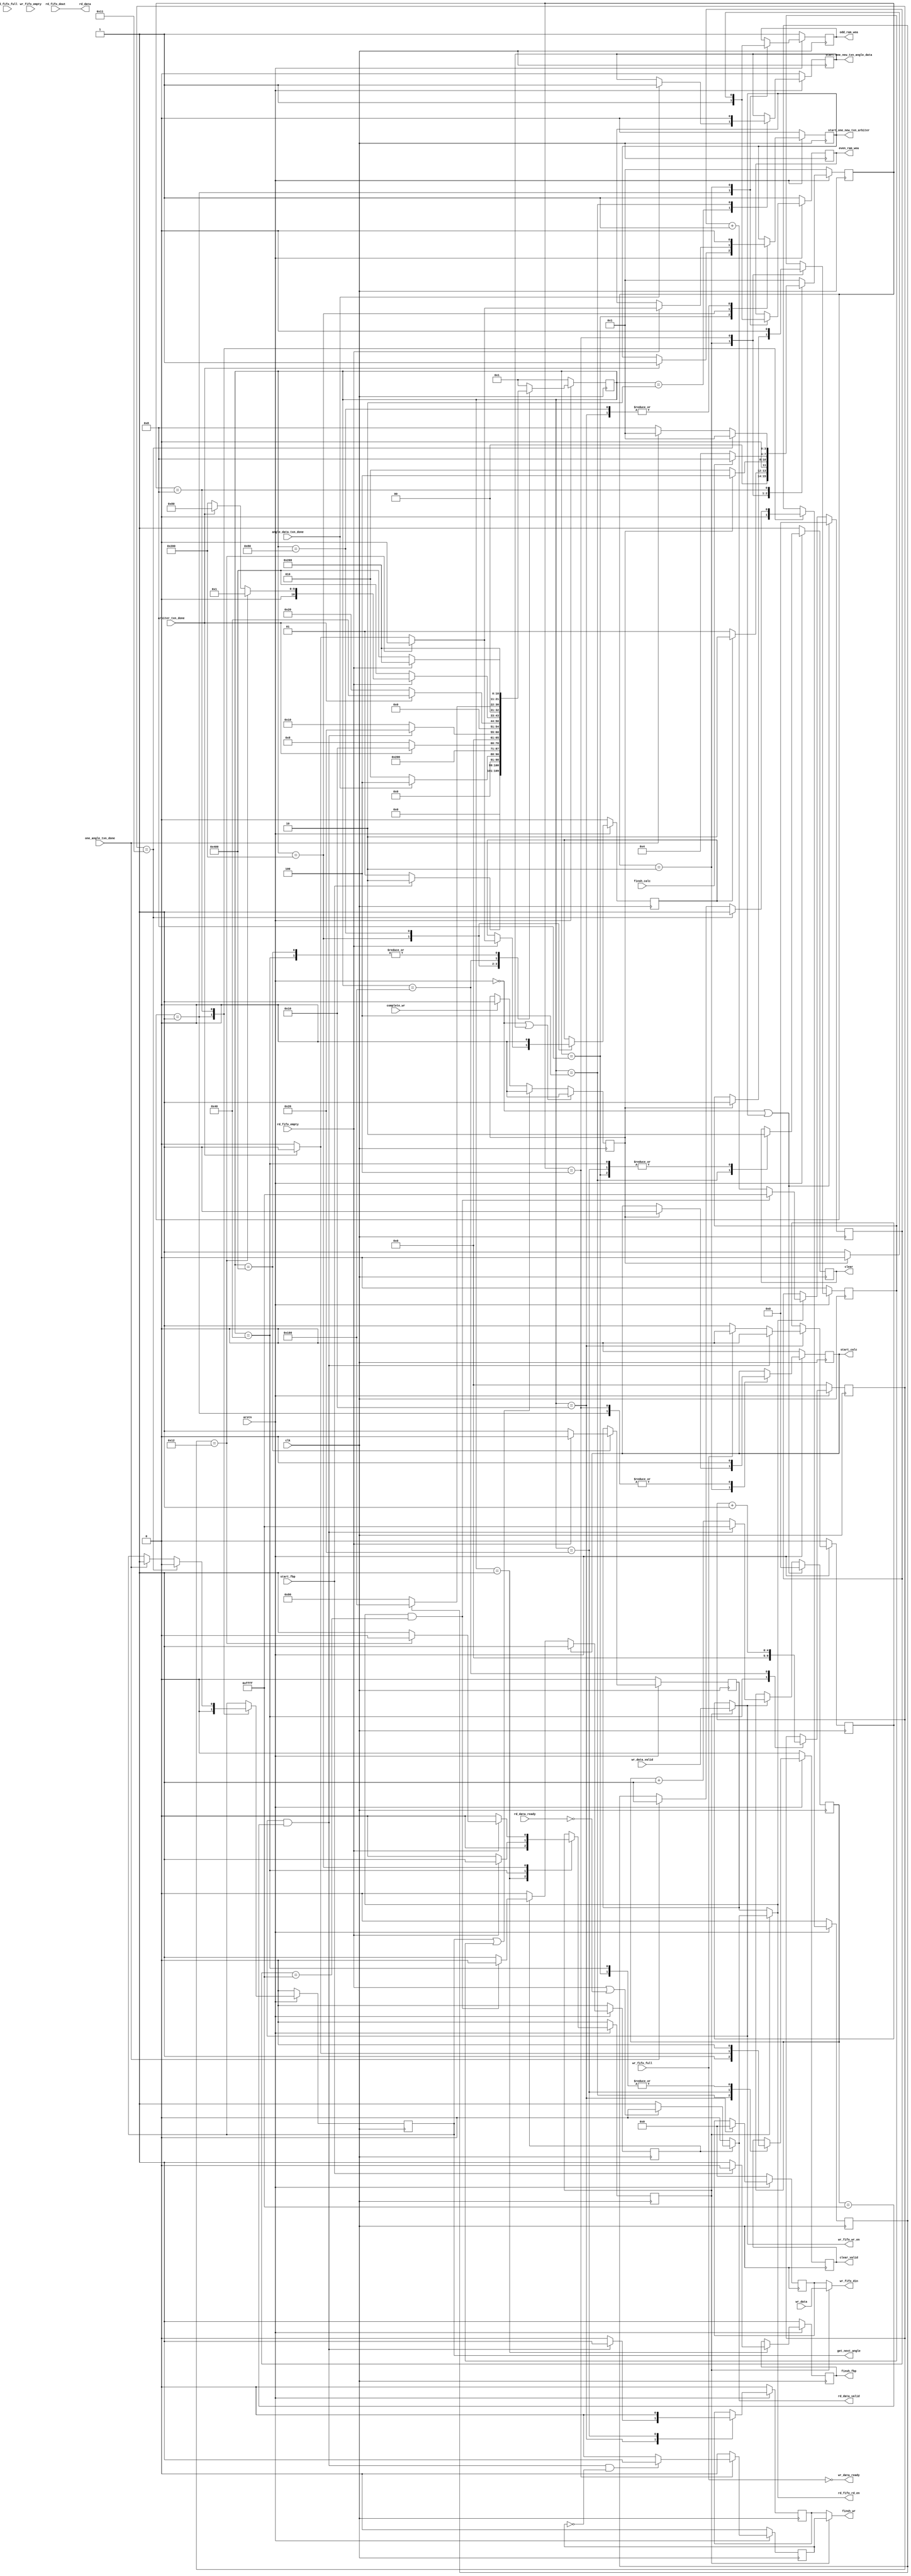
 //
module control_unit #(
	parameter integer ANGLE_NUM_DIV_10 = 180/10,
	parameter integer IMG_N = 256
)
(
	input clk,    // Clock
	input arstn,  // Asynchronous reset active low
	//
	input wire start_fbp,
	output reg finsh_fbp,
	//////////////////////////
	//
	//txn_done 1  start_one_new_txn ,
	//one_angle_txn_done 1 one_angle_txn_done == 1  
	//get_next_angle  
	output reg			start_one_new_txn_angle_data,
	output reg			get_next_angle,
	input wire			one_angle_txn_done,
	input wire			angle_data_txn_done,

	//////////////////////////
	//txn_done 1  start_one_new_txn ,
	output reg	start_one_new_txn_arbiter, // 
	output reg	clear,                     // clear1clear0
	output reg	clear_valid,               // clearstart_one_new_txn
	output wire finsh_wr,
	input wire	arbiter_txn_done,		   // 

	///////////////RAM//////////////
    //,
    input wire          complete_wr, 
    //
    output reg			odd_ram_wea,
    output reg			even_ram_wea,

    /////////////////////
    output reg start_calc,
    input wire finsh_calc,
    output wire [31:0] rd_data,
    output wire rd_data_valid,
    input wire rd_data_ready,
    input wire [31:0] wr_data,
    input wire wr_data_valid,
    output wire wr_data_ready,

    /////////////FIFO////////////////
	//read FIFO control   64*512 32*1024 
	input wire			rd_fifo_full,
	input wire			rd_fifo_empty,
	output wire			rd_fifo_rd_en,
	input wire	[31:0]	rd_fifo_dout,
	//write FIFO control 32*1024  64*512
	input wire			wr_fifo_full,
	input wire			wr_fifo_empty,
	output wire			wr_fifo_wr_en,
	output wire	[31:0]	wr_fifo_din
);
	//
	reg finsh_rd;

	function integer clogb2 (input integer bit_depth);              
	begin                                                           
	  for(clogb2=0; bit_depth>0; clogb2=clogb2+1)                   
	    bit_depth = bit_depth >> 1;                                 
	  end                                                           
	endfunction

	parameter integer TOTAL_NUM = IMG_N*IMG_N; 		 //258*258; //	
	parameter integer LOOP0_N_W = clogb2(ANGLE_NUM_DIV_10-1);
	parameter integer TOTAL_NUM_W = clogb2(TOTAL_NUM-1);

	reg [LOOP0_N_W-1:0] loop0_cnt;

	reg [TOTAL_NUM_W-1:0] wr_fifo_cnt;
	wire add_wr_fifo_cnt;
	wire end_wr_fifo_cnt;

	always @(posedge clk)begin
	    if(arstn == 0 || start_one_new_txn_arbiter == 1'b1)begin
	        wr_fifo_cnt <= 0;
	    end
	    else if(add_wr_fifo_cnt)begin
	        if(end_wr_fifo_cnt)
	            wr_fifo_cnt <= TOTAL_NUM-1;
	        else
	            wr_fifo_cnt <= wr_fifo_cnt + 1;
	    end
	end
	assign add_wr_fifo_cnt = wr_fifo_wr_en;       
	assign end_wr_fifo_cnt = add_wr_fifo_cnt && wr_fifo_cnt== TOTAL_NUM-1;

	reg [TOTAL_NUM_W-1:0] rd_fifo_cnt;
	wire add_rd_fifo_cnt;
	wire end_rd_fifo_cnt;
	always @(posedge clk)begin
	    if(arstn == 0 || start_one_new_txn_arbiter == 1'b1)begin
	        rd_fifo_cnt <= 0;
	    end
	    else if(add_rd_fifo_cnt)begin
	        if(end_rd_fifo_cnt)
	            rd_fifo_cnt <= TOTAL_NUM-1;
	        else
	            rd_fifo_cnt <= rd_fifo_cnt + 1;
	    end
	end
	assign add_rd_fifo_cnt = rd_fifo_rd_en;       
	assign end_rd_fifo_cnt = add_rd_fifo_cnt && rd_fifo_cnt== TOTAL_NUM-1;

	reg start_calc_mst;
	reg finsh_calc_mst;

	reg switch_en;
	reg wr_fifo_wr_en_clean;
	reg [31:0] wr_fifo_din_clean;
	reg rd_fifo_rd_en_clean;
	wire wr_fifo_wr_en_calc;
	wire [31:0] wr_fifo_din_calc;
	wire rd_fifo_rd_en_calc;
	reg finsh_wr_clean;
	reg finsh_wr_calc;

	assign wr_fifo_wr_en = switch_en == 0 ? wr_fifo_wr_en_clean : wr_fifo_wr_en_calc;
	assign wr_fifo_din   = switch_en == 0 ? wr_fifo_din_clean   : wr_fifo_din_calc;
	assign rd_fifo_rd_en = switch_en == 0 ? rd_fifo_rd_en_clean : rd_fifo_rd_en_calc;
	assign finsh_wr      = switch_en == 0 ? finsh_wr_clean      : finsh_wr_calc;

	//0
	reg	[11-1:0]	mst_state0;
    localparam IDLE                  = 11'b000_0000_0001;
    localparam START_TXN_ANGLE_DATA  = 11'b000_0000_0010;
    localparam CONFIG_CLEAN          = 11'b000_0000_0100;
    localparam START_CLEAN           = 11'b000_0000_1000;
    localparam WAIT_CLEAN            = 11'b000_0001_0000;
    localparam CONFIG_NO_CLEAN       = 11'b000_0010_0000;
    localparam INIT_LOOP             = 11'b000_0100_0000;
    localparam WAIT_CALC             = 11'b000_1000_0000;
    localparam UPDATE_LOOP           = 11'b001_0000_0000;
    localparam JUDGEMENT_BRANCH      = 11'b010_0000_0000;
    localparam CLEAN_RD_FIFO         = 11'b100_0000_0000;

    always @ (posedge clk)    
	  begin                                                                                                     
	    if (arstn == 1'b0 )                                                                             
	      begin
	      	switch_en <= 1'b0;
	      	wr_fifo_wr_en_clean <= 1'b0;
	      	wr_fifo_din_clean   <= 32'd0;     
	      	finsh_wr_clean <= 1'b0;
	      	rd_fifo_rd_en_clean <= 1'b0;
	        finsh_fbp <= 1'b1;
	        start_one_new_txn_angle_data <= 1'b0;
	        start_one_new_txn_arbiter <= 1'b0;
	        clear <= 1'b1;
			clear_valid <= 1'b0;
			start_calc_mst <= 1'b0;
			loop0_cnt <= 0;    
			mst_state0 <= IDLE;                             
	      end                                                                                                   
	    else                                                                                                    
	      begin
	      	case (mst_state0)
	      	  IDLE:
	      	    begin
	      	    	switch_en <= 1'b0;
	      	    	if(start_fbp == 1'b1) begin
	      	    		finsh_fbp <= 1'b0;
	      	    		mst_state0 <= START_TXN_ANGLE_DATA;
	      	    	end
	      	    	else begin
	      	    		finsh_fbp <= 1'b1;
	      	    		mst_state0 <= IDLE;
	      	    	end
				end
	          START_TXN_ANGLE_DATA:
	            begin
	            	if(angle_data_txn_done) begin
	            		start_one_new_txn_angle_data <= 1'b1;
	            		mst_state0 <= CONFIG_CLEAN;
	            	end 
	            	else begin
	            		mst_state0 <= START_TXN_ANGLE_DATA;
	            	end
				end
			  CONFIG_CLEAN:
	            begin
				  start_one_new_txn_angle_data <= 1'b0;
				  clear <= 1'b1;
				  clear_valid <= 1'b1;
				  mst_state0 <= START_CLEAN;
				end
	          START_CLEAN:
	            begin
	              clear <= 1'b0;
				  clear_valid <= 1'b0;
	              if (arbiter_txn_done) begin //
	              	start_one_new_txn_arbiter <= 1'b1;
				  	mst_state0 <= WAIT_CLEAN;
	              end 
	              else begin
	              	mst_state0 <= START_CLEAN;
	              end
				end
			  WAIT_CLEAN:
	            begin
	              start_one_new_txn_arbiter <= 1'b0;
	              if (end_wr_fifo_cnt) begin
	              	wr_fifo_wr_en_clean <= 1'b0;
	              	wr_fifo_din_clean <= 32'd0;
	              	finsh_wr_clean <= 1'b1;
	              	mst_state0 <= CONFIG_NO_CLEAN;
	              end
	              else begin
	              	finsh_wr_clean <= 1'b0;
	              	if (wr_fifo_full) begin
	              		wr_fifo_wr_en_clean <= 1'b0;
	              		wr_fifo_din_clean   <= 32'd0;
	              	end
	              	else begin
	              		wr_fifo_wr_en_clean <= 1'b1;
	              		wr_fifo_din_clean   <= 32'd0;
	              	end
	              	mst_state0 <= WAIT_CLEAN;
	              end
				end
			  CONFIG_NO_CLEAN:
			    begin
			    	finsh_wr_clean <= 1'b0;
			        if (arbiter_txn_done) begin //
			        	clear <= 1'b0;
				  		clear_valid <= 1'b1;
				  		mst_state0 <= INIT_LOOP;
			        end
			        else begin
			        	clear <= 1'b0;
			        	clear_valid <= 1'b0;
			        	mst_state0 <= CONFIG_NO_CLEAN;
			        end
			    end
			  INIT_LOOP:
	            begin
	              loop0_cnt <= 0;
	              clear <= 1'b0;
				  clear_valid <= 1'b0;
				  if(rd_fifo_empty) begin 
				  	switch_en <= 1'b1;
				  	mst_state0 <= JUDGEMENT_BRANCH;
				  end
				  else begin
				  	switch_en <= 1'b0;
				  	mst_state0 <= CLEAN_RD_FIFO;
				  end
				end
			  JUDGEMENT_BRANCH:
			    begin
	              if(rd_fifo_empty) begin
	              	if (loop0_cnt == ANGLE_NUM_DIV_10) begin
	              		start_calc_mst <= 1'b0;
		              	start_one_new_txn_arbiter <= 1'b0;
		              	switch_en  <= 1'b0;
	              		mst_state0 <= IDLE;
	              	end
	              	else begin 
	              		switch_en <= 1'b1;
		              	if (arbiter_txn_done) begin //
		              		start_calc_mst <= 1'b1;
		              		start_one_new_txn_arbiter <= 1'b1;
					  		mst_state0 <= WAIT_CALC;
		              	end 
		              	else begin
		              		start_calc_mst <= 1'b0;
		              		start_one_new_txn_arbiter <= 1'b0;
		              		mst_state0 <= JUDGEMENT_BRANCH;
		              	end
		            end
	              end else begin
	              	switch_en  <= 1'b0;
	                mst_state0 <= CLEAN_RD_FIFO;
	              end
				end
			  WAIT_CALC:
	            begin
	              start_calc_mst <= 1'b0;
	              start_one_new_txn_arbiter <= 1'b0;
	              if (finsh_calc_mst == 1'b1) begin
	              	mst_state0 <= UPDATE_LOOP;
	              end
	              else begin
	              	mst_state0 <= WAIT_CALC;
	              end
				end
			  UPDATE_LOOP:
			    begin
			      loop0_cnt <= loop0_cnt + 1'b1;
			      mst_state0 <= JUDGEMENT_BRANCH;
				end
			  CLEAN_RD_FIFO:
			    begin
			      if (rd_fifo_empty) begin
			      	rd_fifo_rd_en_clean = 1'b0;
			      	mst_state0 <= JUDGEMENT_BRANCH;
			      end 
			      else begin
			      	rd_fifo_rd_en_clean = 1'b1;
			      	mst_state0 <= CLEAN_RD_FIFO;
			      end
				end
	          default :                                                                                         
	            begin                                                                               
	              mst_state0  <= IDLE;                                                              
	            end
	        endcase
	      end
	  end
	//
	reg angle_data_complete_flag;
	reg clean_complete_flag;
	always @ (posedge clk)  begin  
		if (arstn == 1'b0 || start_one_new_txn_angle_data == 1'b1) begin
		  	angle_data_complete_flag <= 1'b0;                      
		end
		else if (get_next_angle == 1'b1 || clean_complete_flag == 1'b1) begin
			angle_data_complete_flag <= 1'b0;
		end                                                                                                 
		else if (complete_wr) begin    
		  	angle_data_complete_flag <= 1'b1;
		end
		else begin
		  	angle_data_complete_flag <= angle_data_complete_flag;
		end
	end


	//1
	reg	[4-1:0]	mst_state1;

	localparam IDLE_MST1           = 4'b0001;
    localparam WAIT_ANGLE_DATA 	   = 4'b0010;
    localparam START_CALC          = 4'b0100;
    localparam GET_NEXT_ANGLE_DATA = 4'b1000;

	always @ (posedge clk)                                                                            
	begin                            
		if (arstn == 1'b0 )                                                                             
	    begin
	        odd_ram_wea         <= 1'b1;
			even_ram_wea        <= 1'b1;
			clean_complete_flag <= 1'b0;
			finsh_calc_mst      <= 1'b0;//
			start_calc          <= 1'b0;
			get_next_angle      <= 1'b0;
			mst_state1          <= IDLE_MST1;                             
	      end                                                                                                   
	    else                                                                                                    
	    begin
	    	case (mst_state1)
	      	  IDLE_MST1:
	      	    begin
	                odd_ram_wea    <= 1'b1;
					even_ram_wea   <= 1'b1;
					get_next_angle <= 1'b0;
					finsh_calc_mst <= 1'b0;
					start_calc     <= 1'b0;
	      	    	if(start_calc_mst == 1'b1) begin
	      	    		mst_state1 <= WAIT_ANGLE_DATA;
	      	    	end
	      	    	else begin
	      	    		mst_state1 <= IDLE;
	      	    	end
				end
			  WAIT_ANGLE_DATA:
			    begin
			    	if(angle_data_complete_flag == 1'b1) begin
	                    odd_ram_wea         <= 1'b0;
						even_ram_wea        <= 1'b0;
						clean_complete_flag <= 1'b1;
						start_calc          <= 1'b1;
	                    mst_state1          <= START_CALC;
	      	    	end
	      	    	else begin
	                    odd_ram_wea         <= 1'b1;
						even_ram_wea        <= 1'b1;
	                    mst_state1          <= WAIT_ANGLE_DATA;
	      	    	end
			    end
			  START_CALC:
			    begin
			        start_calc          <= 1'b0;
			        clean_complete_flag <= 1'b0;
			        if(finsh_calc == 1'b1) begin
			        	mst_state1 <= GET_NEXT_ANGLE_DATA;
			        end
			        else begin
			        	mst_state1 <= START_CALC;
			        end
			    end
			  GET_NEXT_ANGLE_DATA:
			    begin
					if (loop0_cnt == ANGLE_NUM_DIV_10 - 1) begin //
						get_next_angle <= 1'b0;
			    		finsh_calc_mst <= 1'b1;
			    		mst_state1 <= IDLE_MST1;
					end
					else if(one_angle_txn_done) begin //
			    		get_next_angle <= 1'b1;
			    		finsh_calc_mst <= 1'b1;
			    		mst_state1 <= IDLE_MST1;
			    	end
			    	else begin
			    		mst_state1 <= GET_NEXT_ANGLE_DATA;
			    	end
			    end
			  default :                                                                                         
	            begin                                                                               
	              mst_state1  <= IDLE_MST1;                                                              
	            end
	        endcase
	    end
	end

	always @(posedge clk) begin
		if(~arstn) begin
			finsh_wr_calc     <= 1'b0;
		end 
		else if(mst_state1 == START_CALC) begin
			if(end_wr_fifo_cnt && (~finsh_wr_calc)) begin
				finsh_wr_calc <= 1'b1;
			end
			else begin
				finsh_wr_calc <= 1'b0;
			end		
		end
		else begin
			finsh_wr_calc     <= 1'b0;
		end
	end

	always @(posedge clk) begin
		if(~arstn) begin
			finsh_rd          <= 1'b0;
		end 
		else if(mst_state1 == START_CALC) begin
			if(end_rd_fifo_cnt && (~finsh_rd)) begin
				finsh_rd      <= 1'b1;
			end
			else begin
				finsh_rd      <= 1'b0;
			end
		end
		else begin
			finsh_rd          <= 1'b0;
		end
	end

	//
	assign wr_data_ready  = (~wr_fifo_full);
	assign wr_fifo_wr_en_calc = wr_data_valid;
	assign wr_fifo_din_calc = wr_data;
	
	// valid
	reg en_rd_fifo_flag;
	assign rd_data = rd_fifo_dout;
	assign rd_fifo_rd_en_calc = en_rd_fifo_flag == 1'b1 ? 
								(rd_fifo_empty || (~rd_data_ready)) ? 1'b0 : 1'b1
								: 1'b0;
	assign rd_data_valid      = rd_fifo_rd_en_calc;

	always @(posedge clk) begin
		if(~arstn) begin
			en_rd_fifo_flag    <= 1'b0;
		end 
		else if (start_calc == 1'b1) begin
			en_rd_fifo_flag    <= 1'b1;
		end
		else if (en_rd_fifo_flag == 1'b1) begin
			if (end_rd_fifo_cnt) begin
				en_rd_fifo_flag    <= 1'b0;
			end
			else begin
				en_rd_fifo_flag    <= 1'b1;
			end
		end
		else begin
			en_rd_fifo_flag    <= 1'b0;
		end
	end

//	always @(posedge clk) begin
//		if(~arstn) begin
//			rd_fifo_rd_en_calc <= 1'b0;
//			rd_data_valid      <= 1'b0;
//			en_rd_fifo_flag    <= 1'b0;
//		end 
//		else if (start_calc == 1'b1) begin
//			rd_fifo_rd_en_calc <= 1'b0;
//			rd_data_valid      <= 1'b0;
//			en_rd_fifo_flag    <= 1'b1;
//		end
//		else if (en_rd_fifo_flag == 1'b1) begin
//			if (end_rd_fifo_cnt) begin
//				rd_fifo_rd_en_calc <= 1'b0;
//				rd_data_valid      <= 1'b0;
//				en_rd_fifo_flag    <= 1'b0;
//			end
//			else begin
//				en_rd_fifo_flag    <= 1'b1;
//				if (rd_fifo_empty || (~rd_data_ready)) begin
//					rd_fifo_rd_en_calc <= 1'b0;
//					rd_data_valid      <= 1'b0;
//				end
//				else begin
//					rd_fifo_rd_en_calc <= 1'b1;
//					rd_data_valid      <= 1'b1;
//				end
//			end
//		end
//		else begin
//			rd_fifo_rd_en_calc <= 1'b0;
//			rd_data_valid      <= 1'b0;
//			en_rd_fifo_flag    <= 1'b0;
//		end
//	end

//	//
//	always @(*) begin
//		if (mst_state1 == START_CALC) begin
//			if (rd_fifo_cnt == TOTAL_NUM-1 || rd_fifo_empty || (~rd_data_ready)) begin
//				rd_fifo_rd_en_calc = 1'b0;
//				rd_data_valid      = 1'b0;
//			end 
//			else begin
//				rd_fifo_rd_en_calc = 1'b1;
//				rd_data_valid      = 1'b1;
//			end
//		end
//		else begin
//			rd_fifo_rd_en_calc <= 1'b0;
//			rd_data_valid      <= 1'b0;
//		end
//	end

endmodule